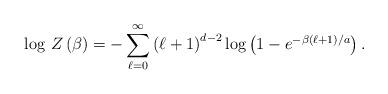
LaTeX: \begin{align*}\log \, Z\left( \beta \right) =-\sum _{\ell =0}^{\infty }\left( \ell +1\right) ^{d-2}\log \left( 1-e^{-\beta \left( \ell +1\right) /a}\right) .\end{align*}